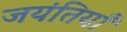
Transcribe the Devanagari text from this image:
जयंतियाँ